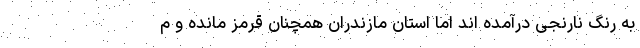
به رنگ نارنجی درآمده اند اما استان مازندران همچنان قرمز مانده و م